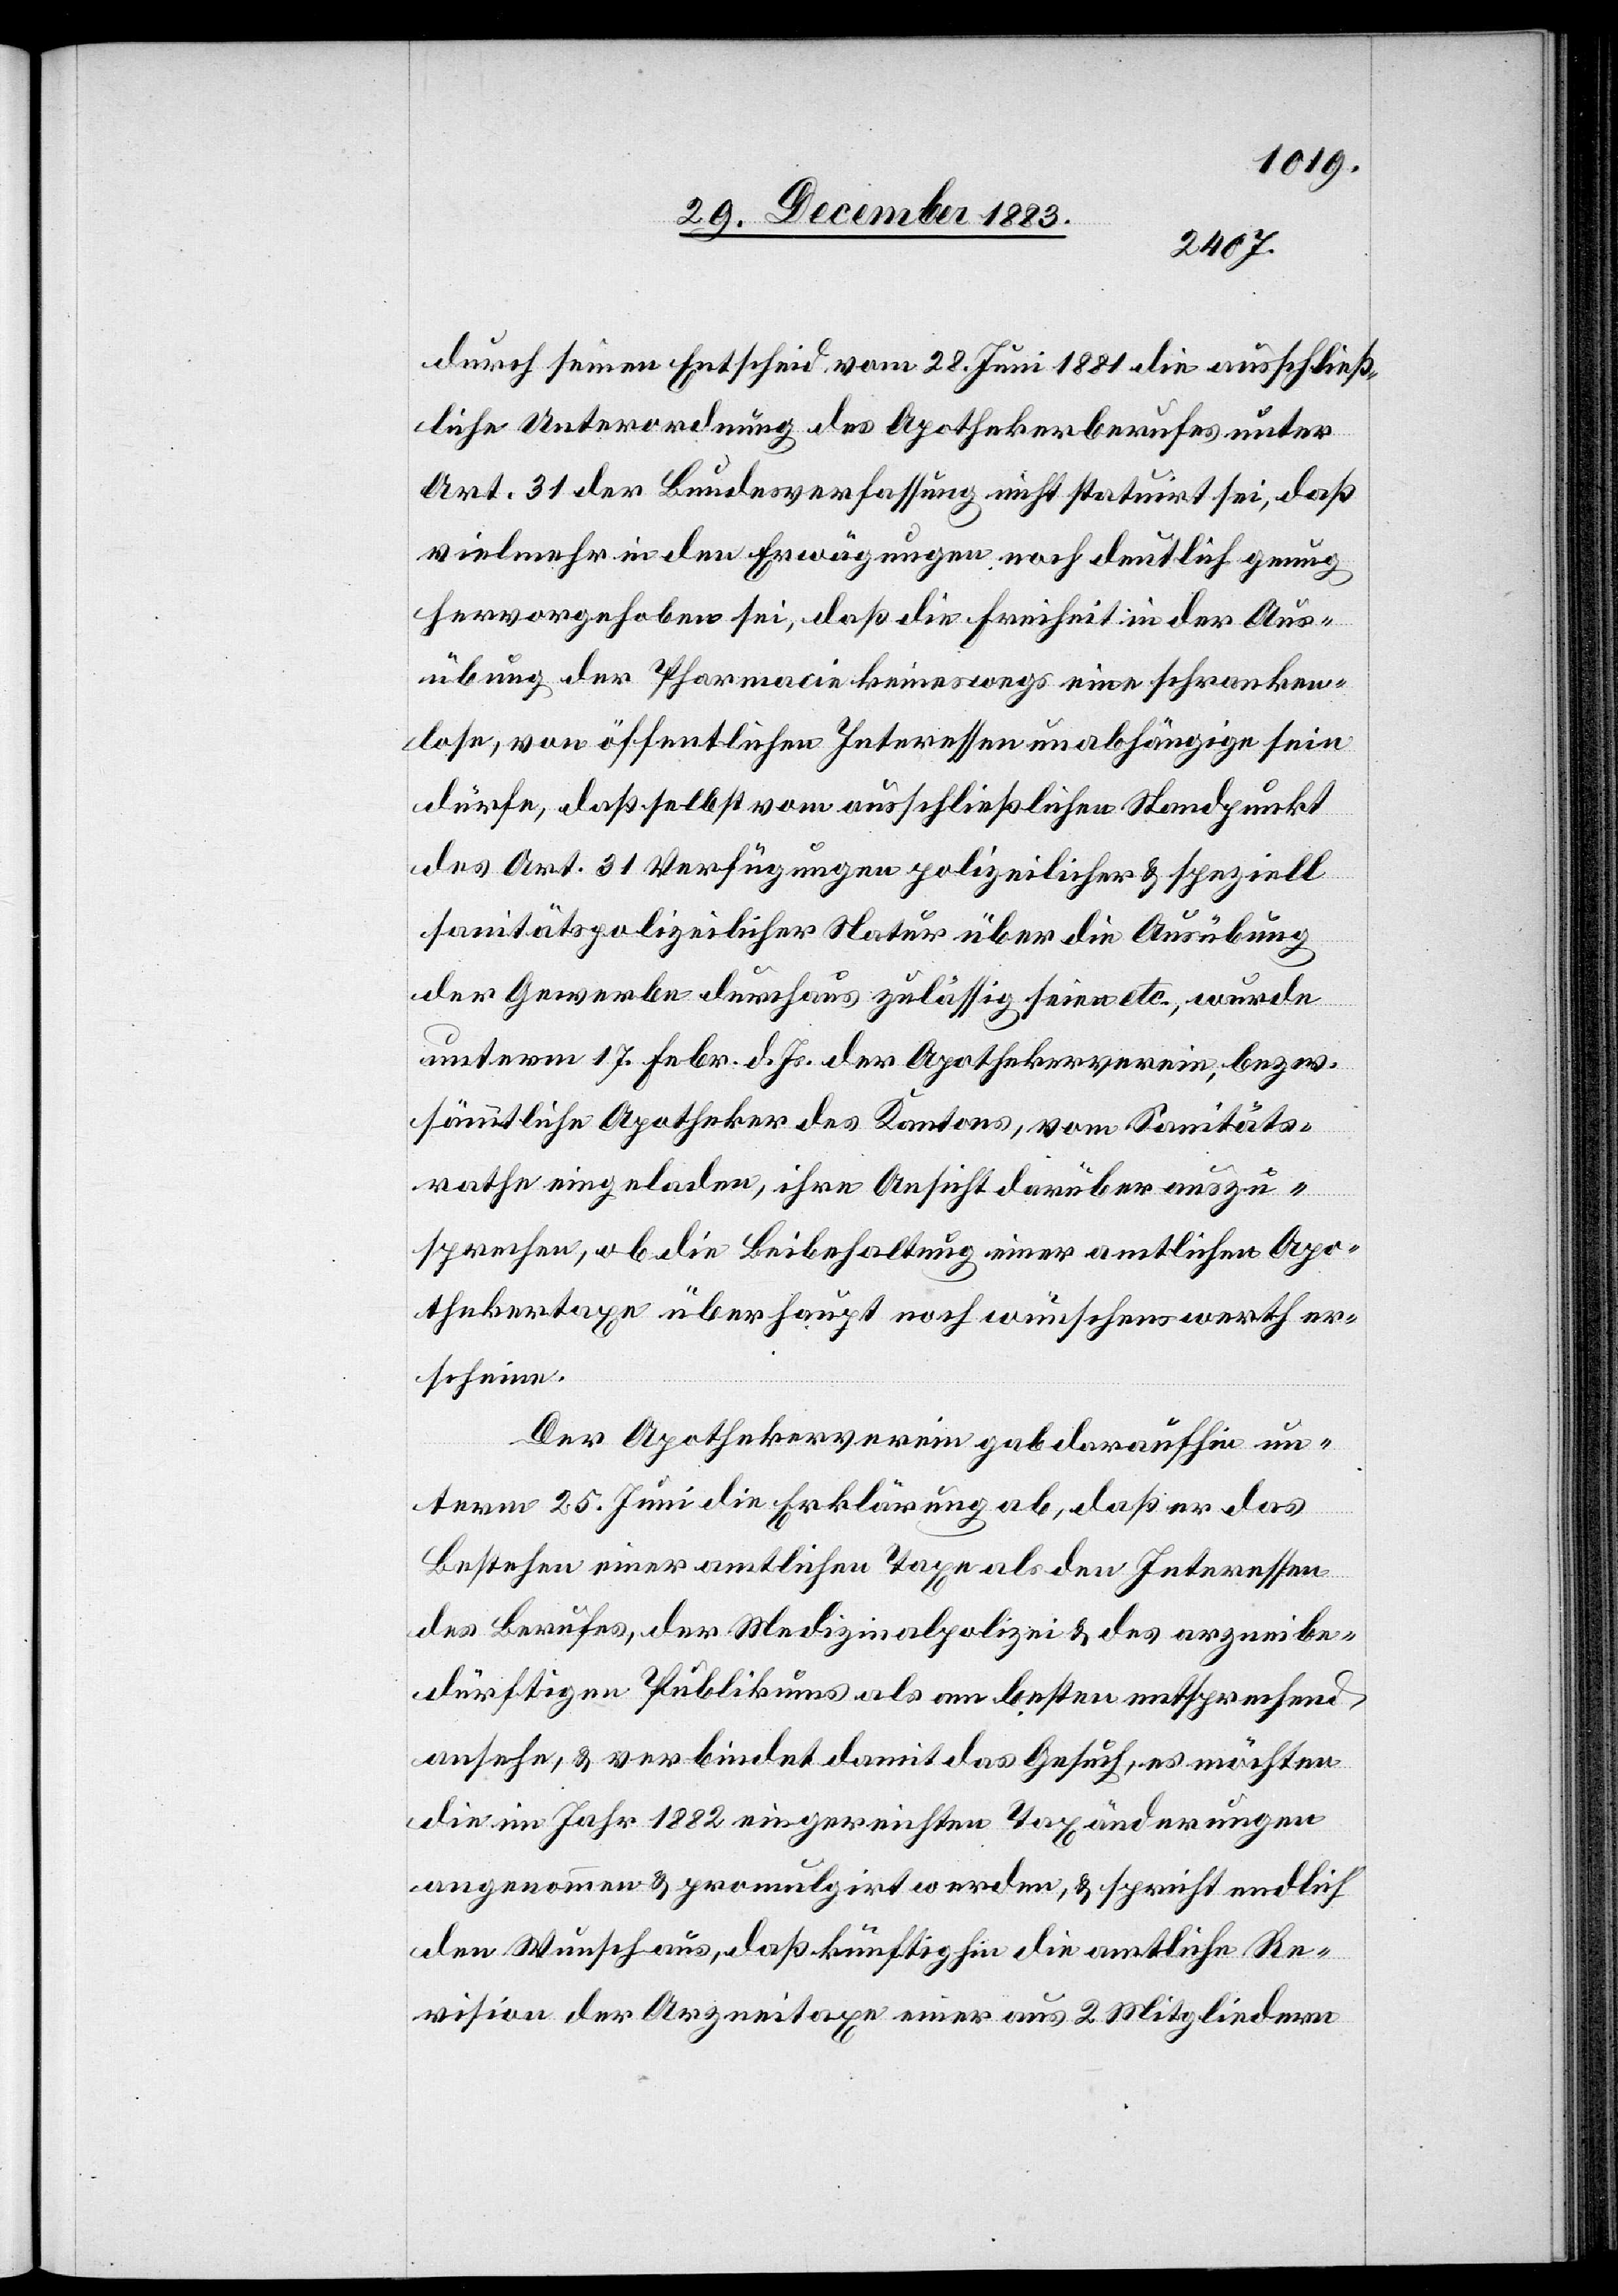
durch seinen Entscheid vom 28. Juni 1881 die ausschließ¬
liche Unterordnung des Apothekerberufes unter
Art. 31 der Bundesverfassung nicht statuirt sei, daß
vielmehr in den Erwägungen noch deutlich genug
hervorgehoben sei, daß die Freiheit in der Aus¬
übung der Pharmacie keineswegs eine schranken¬
lose, von öffentlichen Interessen unabhängige sein
dürfe, daß selbst vom ausschließlichen Standpunkt
des Art. 31 Verfügungen polizeilicher & speziell
sanitätspolizeilicher Natur über die Ausübung
der Gewerbe durchaus zulässig seien etc., wurde
unterm 17. Febr. d. Js. der Apothekerverein, bezw.
sämmtliche Apotheker des Kantons, vom Sanitäts¬
rathe eingeladen, ihre Ansicht darüber auszu¬
sprechen, ob die Beibehaltung einer amtlichen Apo¬
thekertaxe überhaupt noch wünschenswerth er¬
scheine.
Der Apothekerverein gab daraufhin un¬
term 25. Juni die Erklärung ab, daß er das
Bestehen einer amtlichen Taxe als den Interessen
des Berufes, der Medizinalpolizei & des arzneibe¬
dürftigen Publikums als am besten entsprechend
ansehe, & verbindet damit das Gesuch, es möchten
die im Jahr 1882 eingereichten Taxänderungen
angenommen & promulgirt werden, & spricht endlich
den Wunsch aus, daß künftighin die amtliche Re¬
vision der Arzneitaxe einer aus 2 Mitgliedern